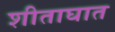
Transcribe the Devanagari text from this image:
शीताघात